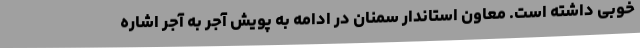
خوبی داشته است. معاون استاندار سمنان در ادامه به پویش آجر به آجر اشاره